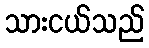
သားငယ်သည်